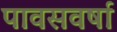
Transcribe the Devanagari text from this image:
पावसवर्षा